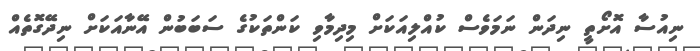
ނިއުސާ އޮށޯތީ ނިދަން ނަމަވެސް ކުއްލިއަކަށް މިދިމާވި ކަންތަކުގެ ސަބަބުން އޭނާއަކަށް ނިދޭގޮތެއް